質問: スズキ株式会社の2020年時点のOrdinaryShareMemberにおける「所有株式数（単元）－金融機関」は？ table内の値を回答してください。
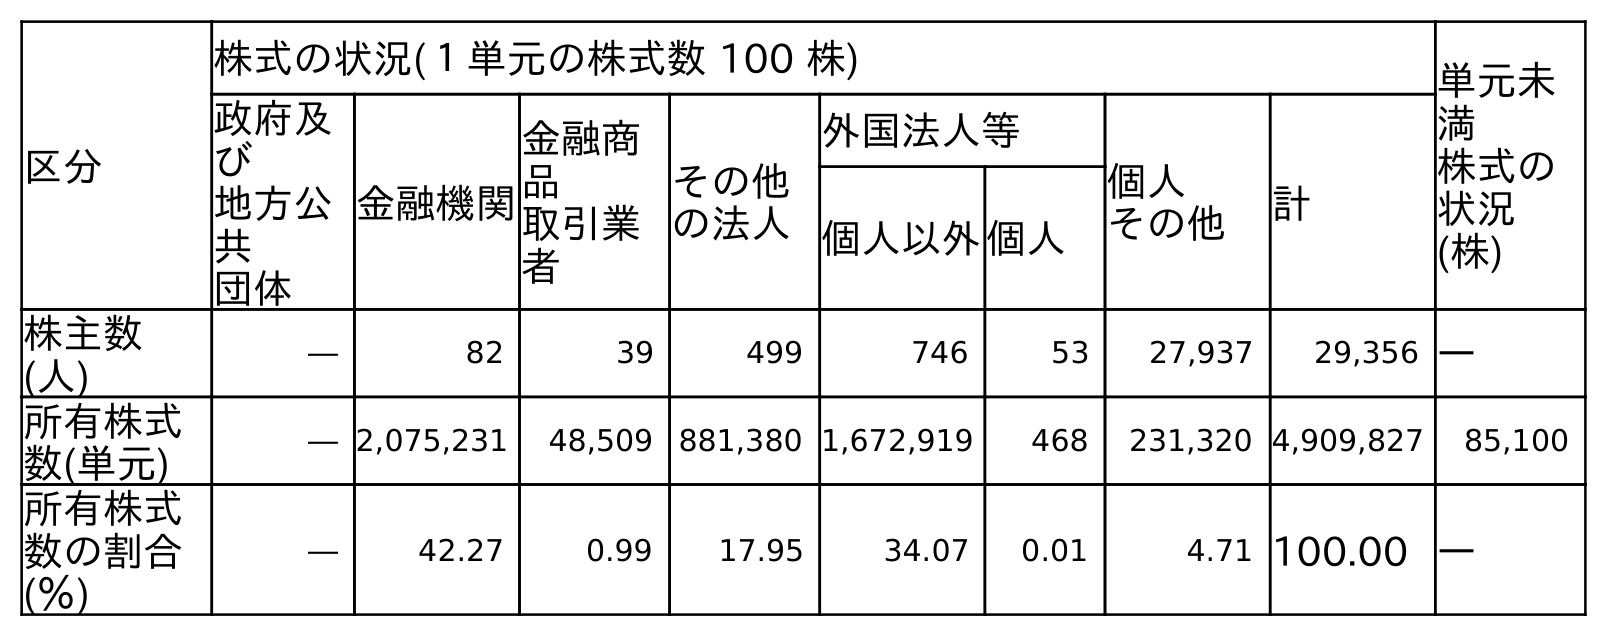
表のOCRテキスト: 区分 株式の状況(１単元の株式数 100 株) 単元未 満 株式の 状況 (株) 政府及 び 地方公 共 団体 金融機関 金融商 品 取引業 者 その他 の法人 外国法人等 個人 その他 計 個人以外個人 株主数 (人) ― 82 39 499 746 53 27,937 29,356 ― 所有株式 数(単元) ― 2,075,231 48,509 881,380 1,672,919 468 231,320 4,909,827 85,100 所有株式 数の割合 (％) ― 42.27 0.99 17.95 34.07 0.01 4.71 100.00 ―
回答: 2,075,231